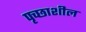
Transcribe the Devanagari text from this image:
पृच्छाशील